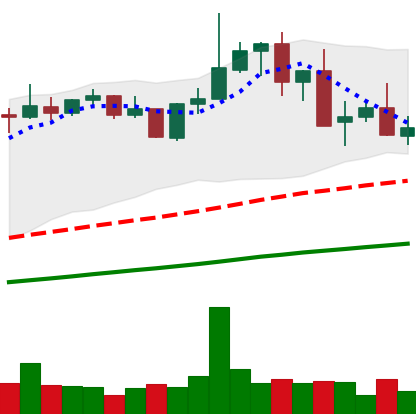
Ticker: XMR-USD
Chart end date: 2021-05-16
Forward return: -34.317%
Label: down_7plus